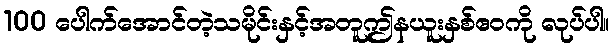
100 ပေါက်အောင်တဲ့သမိုင်းနှင့်အတူဤနယူးနှစ်ဧဝကို လုပ်ပါ။